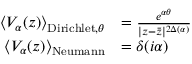
{ \begin{array} { r l } { \left\langle V _ { \alpha } ( z ) \right\rangle _ { { \mathrm { D i r i c h l e t } } , \theta } } & { = { \frac { e ^ { \alpha \theta } } { | z - { \bar { z } } | ^ { 2 \Delta ( \alpha ) } } } } \\ { \left\langle V _ { \alpha } ( z ) \right\rangle _ { \mathrm { N e u m a n n } } } & { = \delta ( i \alpha ) } \end{array} }